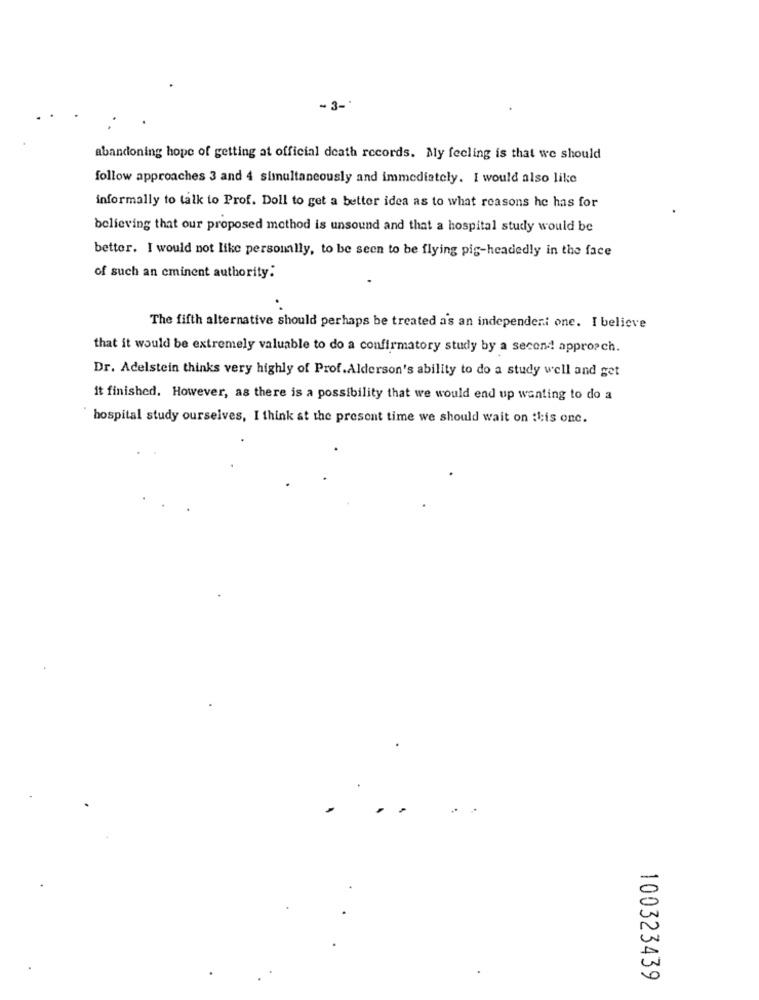
-3 -*
abandoning hope of getting at official death records. My feeling is that we should
follow approaches 3 and 4 simultaneously and immediately. I would also like
informally to talk to Prof. Doll to get a better idea as to what reasons he has for
believing that our proposed method is unsound and that a hospital study would be
better. I would not like personally, to be seen to be flying pis-headedly in the face
of such an cminent authority:
The fifth alternative should perhaps be treated as an independent one. I believe
that it would be extremely valuable to do a confirmatory study by a second approach.
Dr. Adelstein thinks very highly of Prof.Alderson's ability to do a study well and get
it finished. However, as there is a possibility that we would end up wanting to do a
hospital study ourselves, I think at the present time we should wait on :1;is one.
100323439